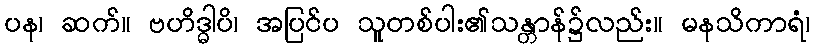
ပန၊ ဆက်။ ဗဟိဒ္ဓါပိ၊ အပြင်ပ သူတစ်ပါး၏သန္တာန်၌လည်း။ မနသိကာရံ၊